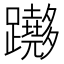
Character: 𨇵